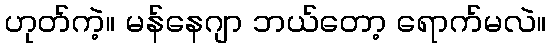
ဟုတ်ကဲ့။ မန်နေဂျာ ဘယ်တော့ ရောက်မလဲ။